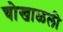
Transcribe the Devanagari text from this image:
चोखाळली